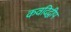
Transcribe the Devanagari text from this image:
कवदिद्वीप